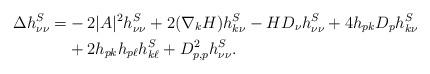
LaTeX: \begin{align*}\Delta h^S_{\nu \nu} =& -2 |A|^2 h^S_{\nu \nu} + 2(\nabla_k H) h^S_{k \nu} -HD_\nu h^S_{\nu \nu} +4h_{pk} D_p h^S_{k \nu} \\& +2 h_{pk} h_{p \ell} h^S_{k \ell} +D^2_{p,p} h^S_{\nu \nu}.\end{align*}